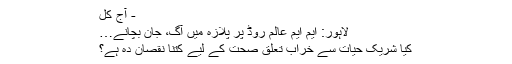
- آج کل
لاہور: ایم ایم عالم روڈ پر پلازہ میں آگ، جان بچانے…
کیا شریک حیات سے خراب تعلق صحت کے لیے کتنا نقصان دہ ہے؟